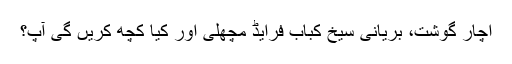
اچار گوشت، بریانی سیخ کباب فرایڈ مچھلی اور کیا کچھ کریں گی آپ؟